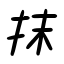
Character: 抹